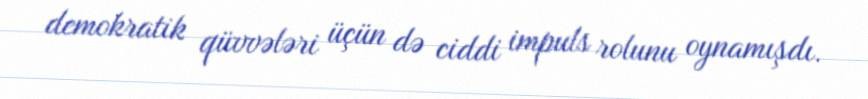
demokratik qüvvələri üçün də ciddi impuls rolunu oynamışdı.